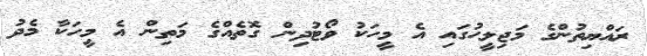
ރައްޔިތުންގެ މަޖިލީހުގައި އެ މީހަކު ވޯޓުދިން ގޮތެއްގެ މަތިން އެ މީހަކާ މެދު